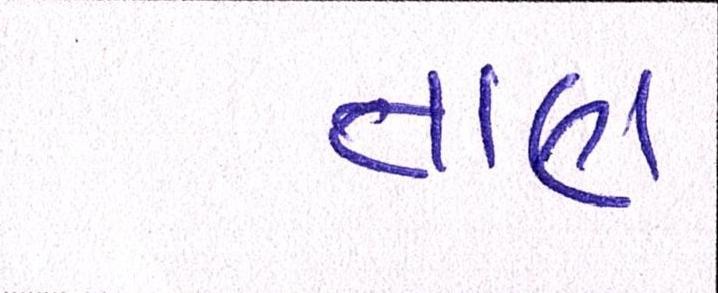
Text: તાણ